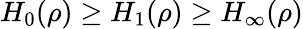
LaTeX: H_{0}(\rho)\geq H_{1}(\rho)\geq H_{\infty}(\rho)